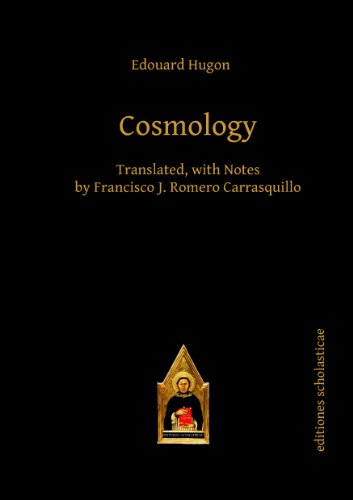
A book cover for Cosmology (Editiones Scholasticae); Edouard Hugon; Politics & Social Sciences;